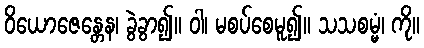
ဝိယောဇေန္တေန၊ ခွဲခွာ၍။ ဝါ၊ မစပ်စေမူ၍။ သသစမ္မံ၊ ကို။